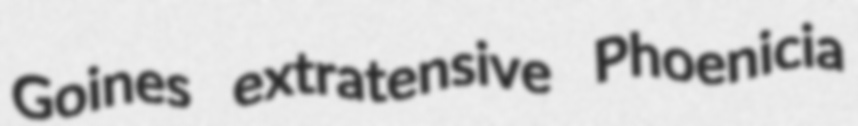
Goines extratensive Phoenicia